EELK_Tartu_Peetri_kogudus_(kirikutahed), lk 52
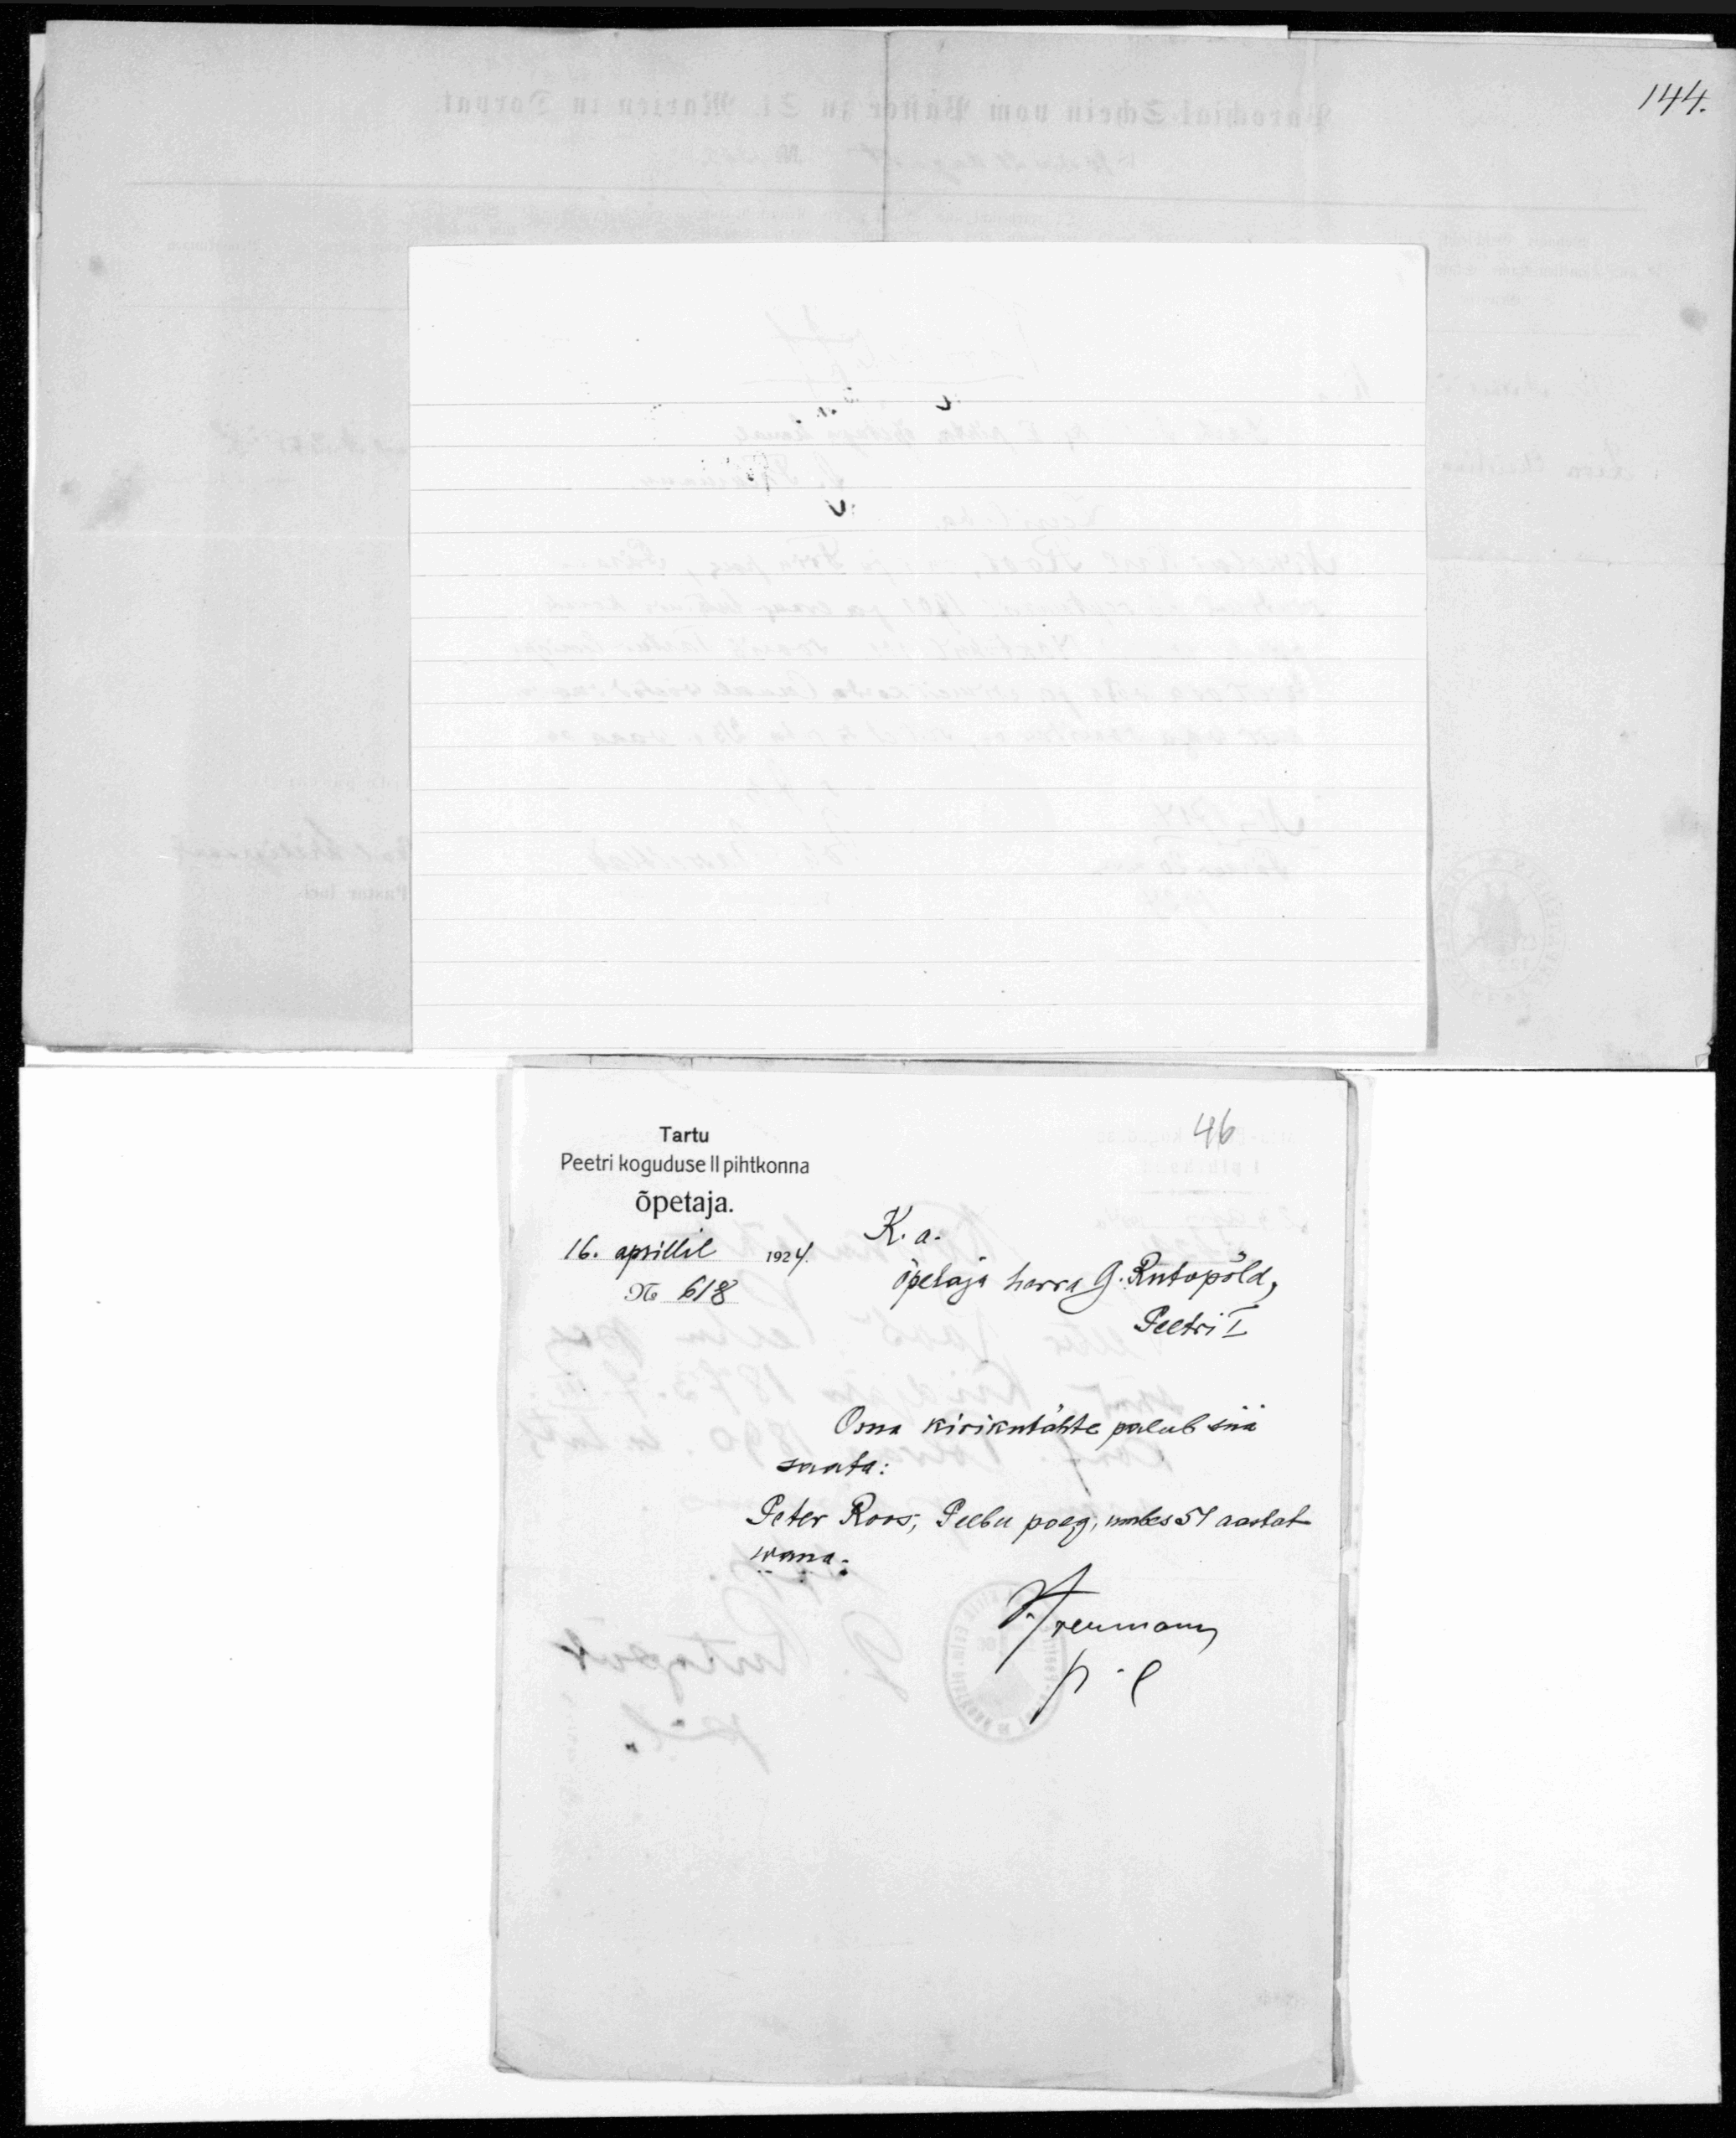
46
Tartu
Peetri koguduse II pihtkonna
õpetaja.
K. a.
16. aprillil 1924.
õpetaja herra G. Rutopõld,
No: 618
Peetri I
Oma kirikutähte palub siia
saada:
Peter Roos, Peebu poeg, umbes 51 aastat
wana.